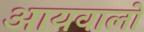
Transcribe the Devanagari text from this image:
आयवालों